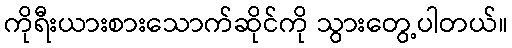
ကိုရီးယားစားသောက်ဆိုင်ကို သွားတွေ့ပါတယ်။